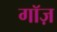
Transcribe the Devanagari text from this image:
गॉज़